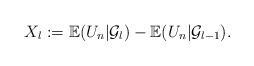
LaTeX: \begin{align*}X_l := \mathbb{E}({U}_n|{\cal G}_l) - \mathbb{E} ({U}_n|{\cal G}_{l-1}).\end{align*}